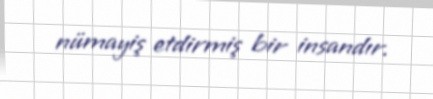
nümayiş etdirmiş bir insandır.